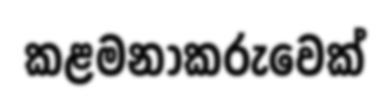
කළමනාකරුවෙක්